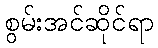
စွမ်းအင်ဆိုင်ရာ